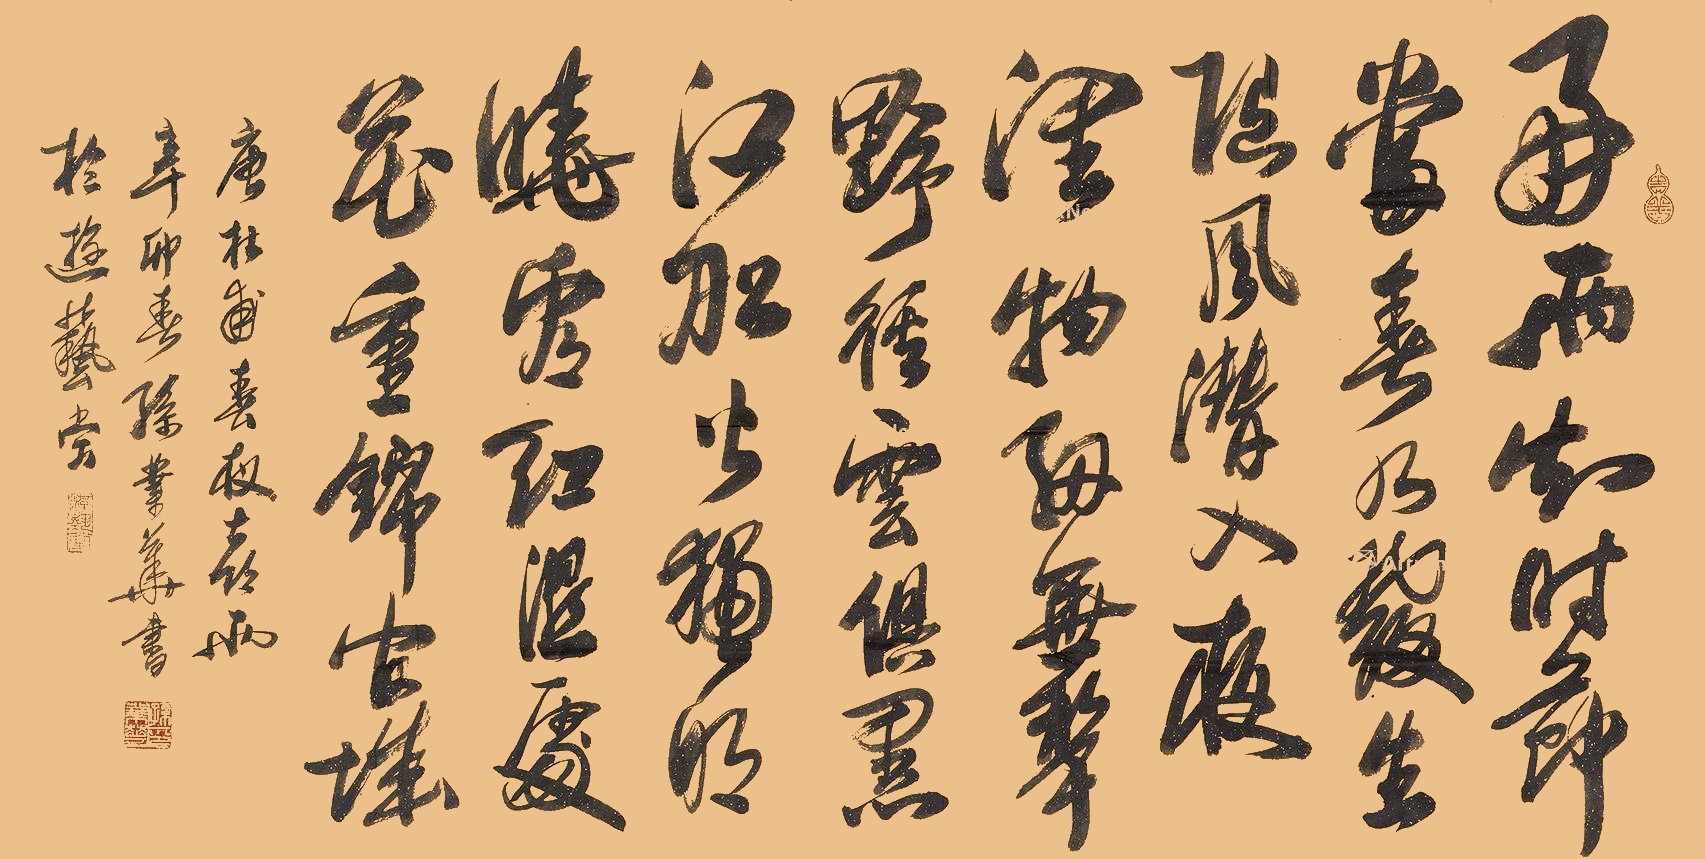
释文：好雨知时节，当春乃发生。随风潜入夜，润物细无声。野径云具黑，江船火独明。晓看红湿处，花重锦官城。唐杜甫春夜喜雨。辛卯（2011年）春，孙业华书于游艺堂。